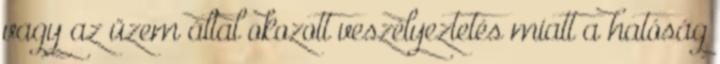
vagy az üzem által okozott veszélyeztetés miatt a hatóság